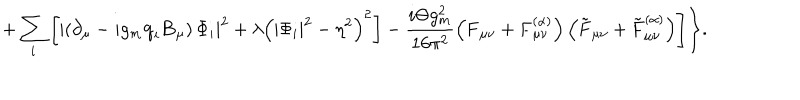
+ \sum _ { i } ^ { } \left[ \left| \left( \partial _ { \mu } - i g _ { m } { \bf q } _ { i } { \bf B } _ { \mu } \right) \Phi _ { i } \right| ^ { 2 } + \lambda \left( | \Phi _ { i } | ^ { 2 } - \eta ^ { 2 } \right) ^ { 2 } \right] - \frac { i \Theta g _ { m } ^ { 2 } } { 1 6 \pi ^ { 2 } } \left( { \bf F } _ { \mu \nu } + { \bf F } _ { \mu \nu } ^ { ( \alpha ) } \right) \left( \tilde { \bf F } _ { \mu \nu } + \tilde { \bf F } _ { \mu \nu } ^ { ( \alpha ) } \right) \Biggr ] \Biggr \} .